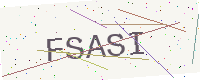
Text: FSASI